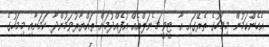
އެހެންކަމުން މިމަހުގެ ތެރޭގައި އާ ޓީވީ ޗެނަލްއެއް އުފެއްދުމަށް ތައްޔާރުވަމުންދާ ކަމަށާއި މިމަހުގެ